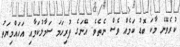
ކުރެވޭނެ މާކަ ބޮޑު ކަމެއް ވެސް ނެތެވެ. އޭނަގެ ފުރިހަމަ ސަމާލުކަމާއި އަހައްމިޔަތު